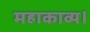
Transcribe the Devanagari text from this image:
महाकाव्य।